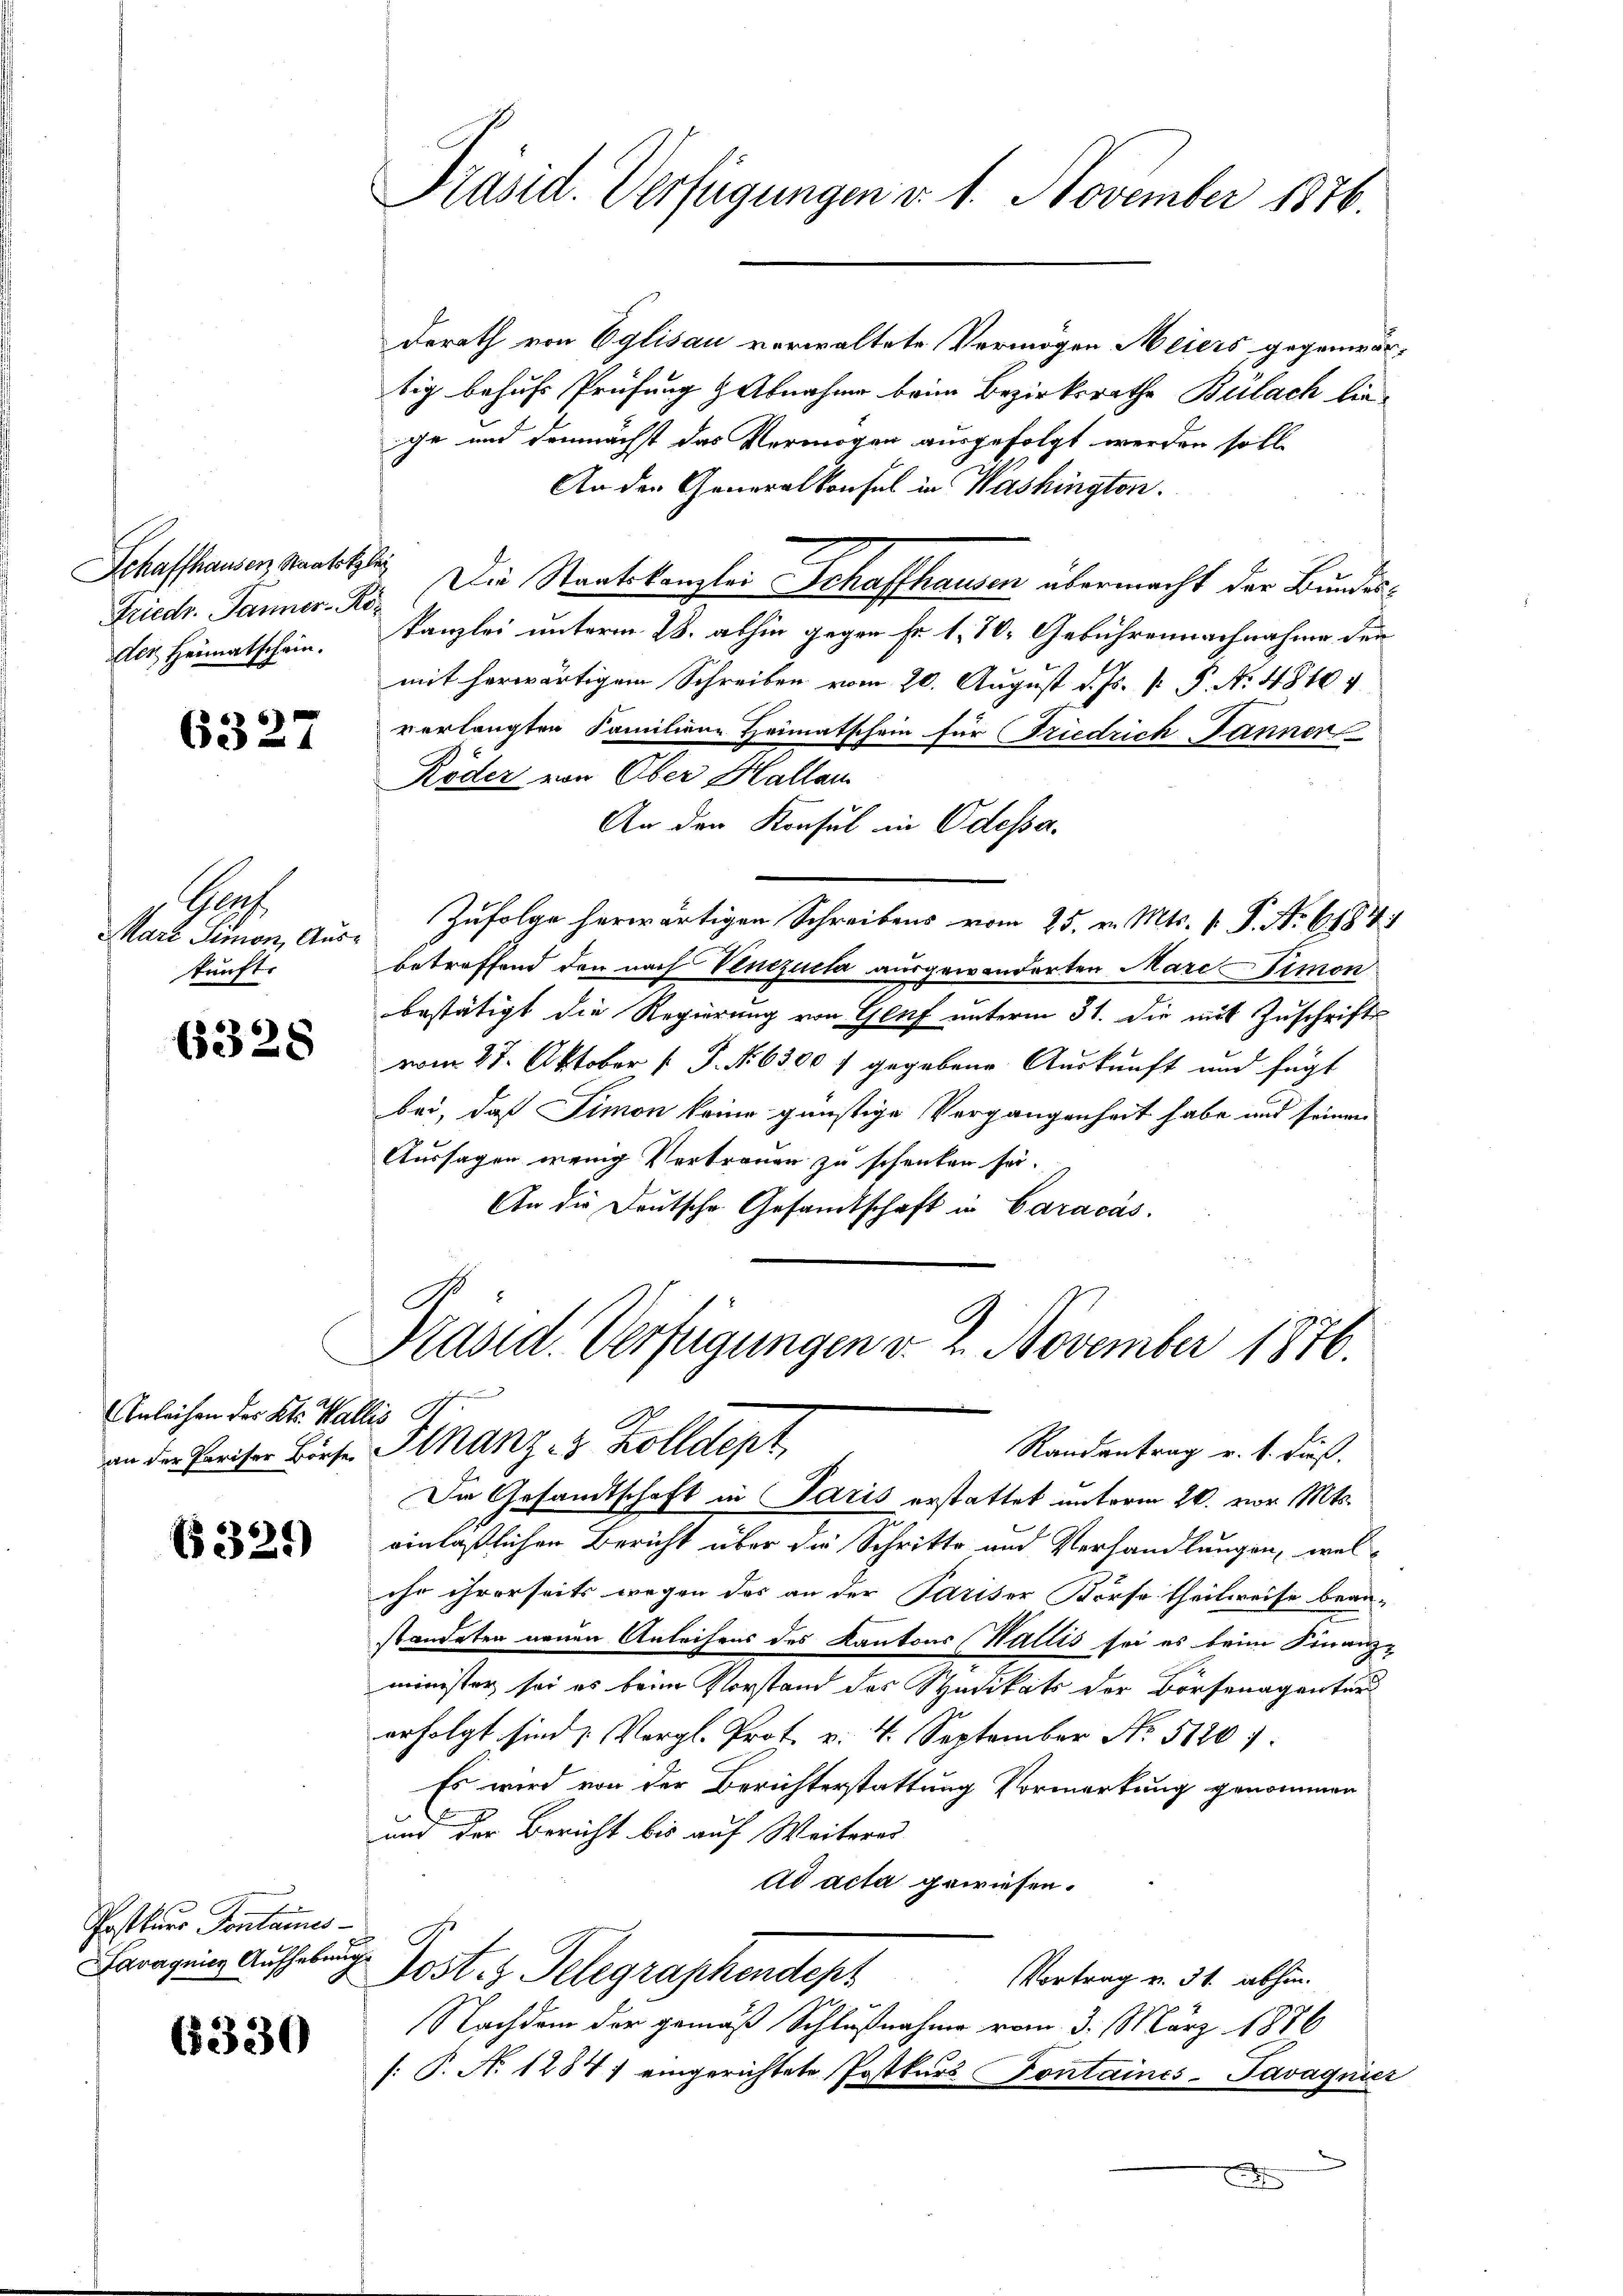
Schaffhauser Staatsklei
Friedr. Tanner-Roer Heimatschein.

6327

Prof.
Marz Simon, Auskunft.

6328

Anleihen des Kts. Wallis St.

321)

Postkurs Pontanes
Lavagnien Aufhebung

(330

Präsid. Verfügungen d. 1. November 1876.

Derath von Eglisau verwaltete Vermögen Meiers gegenwärtig behufs Prüfung & Abnahme beim Bezirksrathe Bülach liege und demnächst das Vermögen ausgefolgt werden soll.
An der Generalkonfel in Washington.
Die Staatskanzlei Schaffhausen übermacht der Bundeskanzlei unterm 28. abhin gegen Fr. 1. 70. Gebührennachnahme den
mit herwärtigem Schreiben vom 20. August d. Js. p. P. N. 48104
verlangten Familiene Heimatschein für Friedrich Jänner
Röder von Ober Hallau
An den Konsul in Odessa.
Zufolge herwärtigen Schreibens vom 25. v. Mts. v. P. Nr. 6184/
betreffend den nach Venezuela ausgewanderten Mare Simon
bestätigt die Regierung von Genf unterm 31. die mit Zuschrifte
vom 27. Oktober [ P. Nr. 6300 f gegebene Auskunft und fügt
bei, daß Simon keine günstige Vergangenheit habe und seinen
Aussagen wenig Vertrauen zu schenken sei.
An die Deutsche Gesandtschaft in Caracas.

Präsid. Verfügungen v. 2. November 1876.
Randantrag v. 1. dieß.
an der Pariser Biese Stanz 3 Zolldept

Ime Gesandtschaft in Paris erstattet unterm 20. vor. Mts.
einläßlichen Bericht über die Schritte und Verhandlungen, welohn ihrerseits wegen des an der Pariser Börse theilweise bean-
standeten neuen Anleihens des Kantons (Wallis sei es beim Finanz-
minister sei es beim Vorstand des Stadikats der Dorfenagentur
erfolgt sind & Vergl. Prot. v. 4. September No 5120.
Es wird von der Berichterstattung Vormerkung genommen
und der Bericht bis auf Weiteres
ad acta gewiesen.
u
Post. z. Telegraphendepr
Vortrag u. 31. abhin.
Nachdem der gemäß Schlußnahme vom 3. März 1886
[: P. N. 1284) eingerichtete Postkurs Pontaines-Tavagnier
f